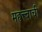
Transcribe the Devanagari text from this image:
महत्त्बाची